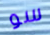
سو